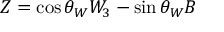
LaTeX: Z = \cos \theta _ { W } W _ { 3 } - \sin \theta _ { W } B